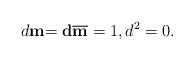
LaTeX: \begin{align*}d\mathbf{m}\mathbf{=d}\overline{\mathbf{m}}=1,d^{2}=0.\end{align*}